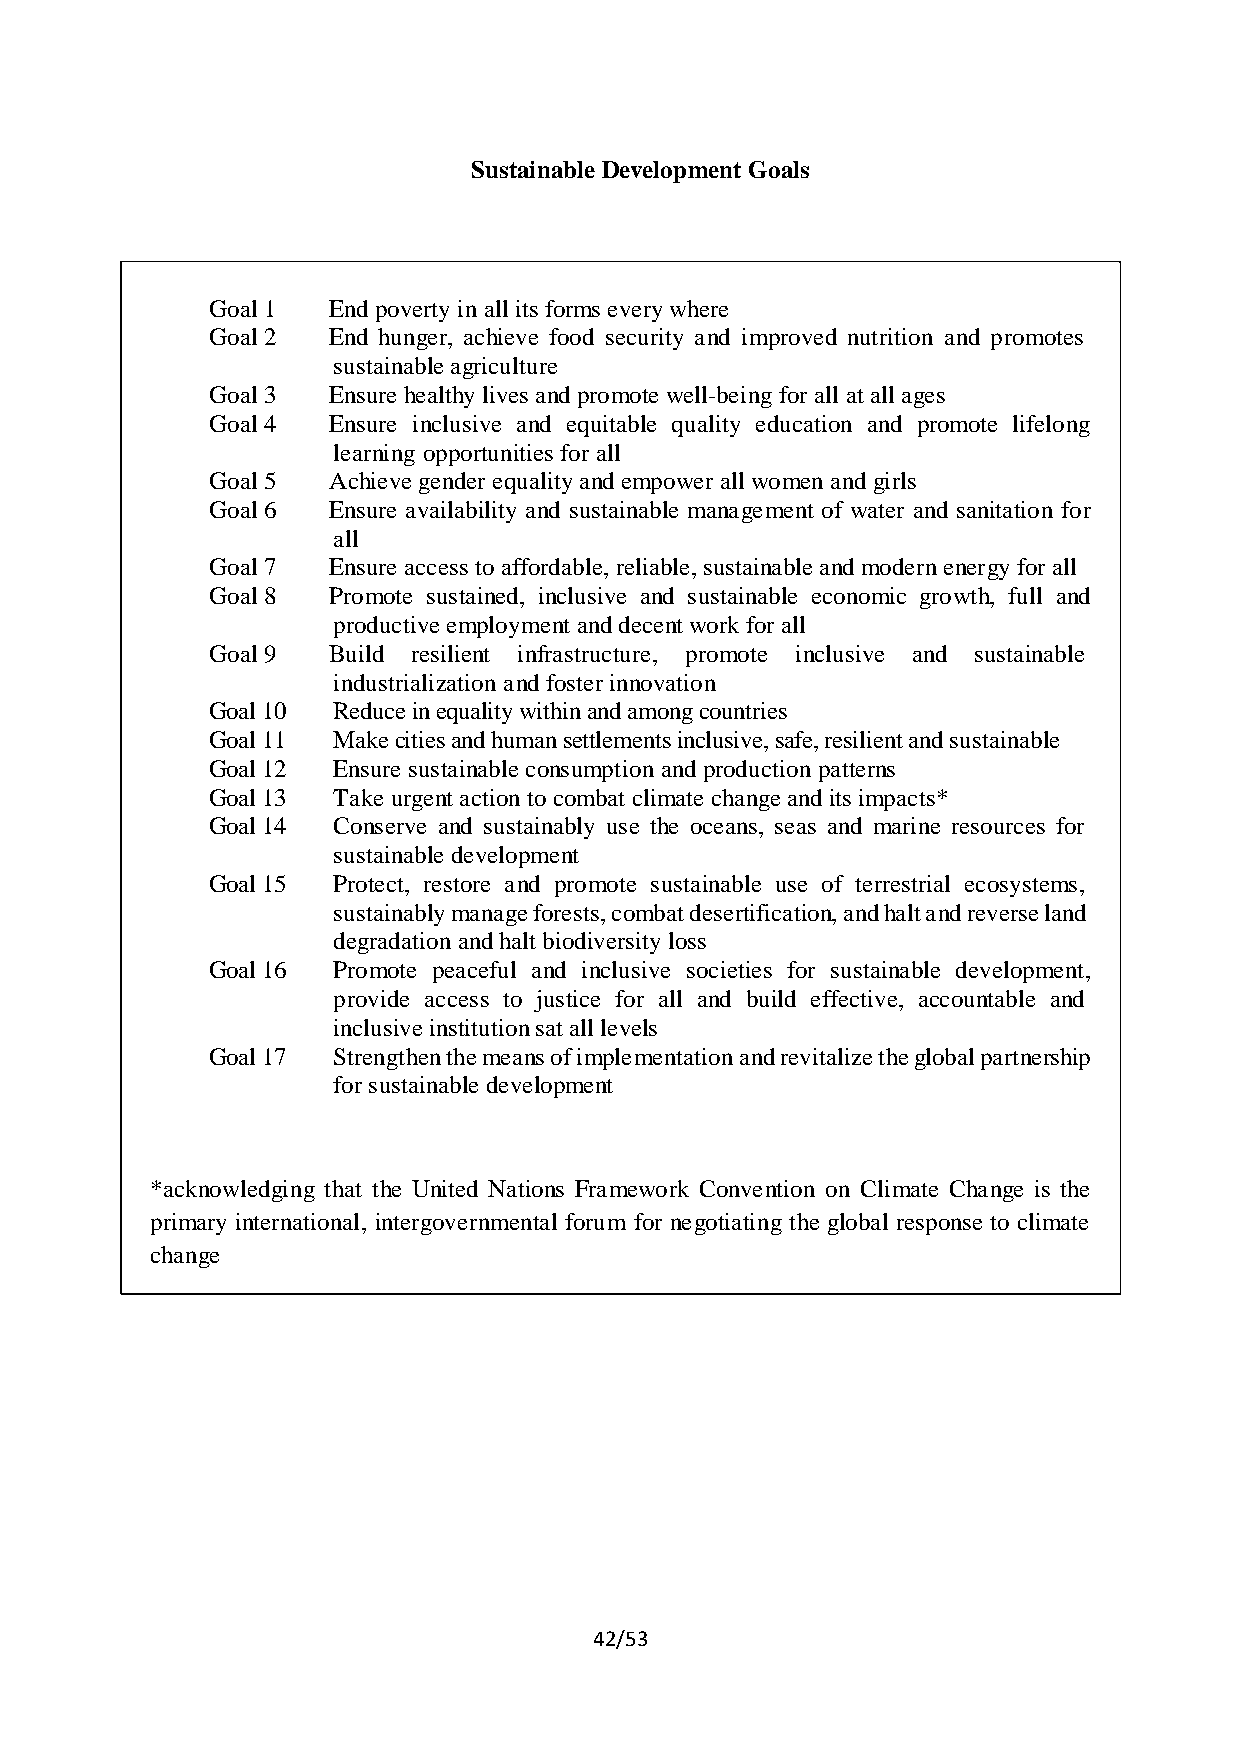
Sustainable Development Goals
 Goal 1  End poverty in all its forms every where
 Goal 2  End hunger, achieve food security and improved nutrition and promotes
 sustainable agriculture
 Goal 3  Ensure healthy lives and promote well-being for all at all ages
 Goal 4  Ensure inclusive and equitable quality education and promote lifelong
 learning opportunities for all
 Goal 5  Achieve gender equality and empower all women and girls
 Goal 6  Ensure availability and sustainable management of water and sanitation for
 all
 Goal 7  Ensure access to affordable, reliable, sustainable and modern energy for all
 Goal 8  Promote sustained, inclusive and sustainable economic growth, full and
 productive employment and decent work for all
 Goal 9  Build resilient infrastructure, promote inclusive and sustainable
 industrialization and foster innovation
 Goal 10 Reduce in equality within and among countries
 Goal 11 Make cities and human settlements inclusive, safe, resilient and sustainable
 Goal 12 Ensure sustainable consumption and production patterns
 Goal 13 Take urgent action to combat climate change and its impacts*
 Goal 14 Conserve and sustainably use the oceans, seas and marine resources for
 sustainable development
 Goal 15 Protect, restore and promote sustainable use of terrestrial ecosystems,
 sustainably manage forests, combat desertification, and halt and reverse land
 degradation and halt biodiversity loss
 Goal 16 Promote peaceful and inclusive societies for sustainable development,
 provide access to justice for all and build effective, accountable and
 inclusive institution sat all levels
 Goal 17 Strengthen the means of implementation and revitalize the global partnership
 for sustainable development
 *acknowledging that the United Nations Framework Convention on Climate Change is the
 primary international, intergovernmental forum for negotiating the global response to climate
 change
 42/53